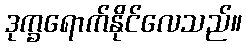
ဒုက္ခရောက်နိုင်လေသည်။